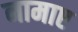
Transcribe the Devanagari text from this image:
नामाए